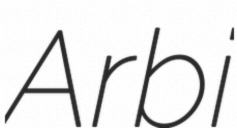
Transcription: Arbi